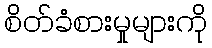
စိတ်ခံစားမှုများကို